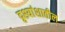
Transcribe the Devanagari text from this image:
दृश्यांशातील